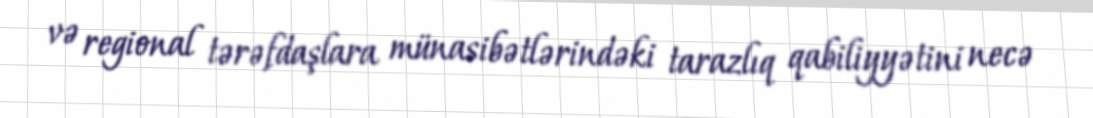
və regional tərəfdaşlara münasibətlərindəki tarazlıq qabiliyyətini necə